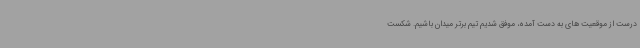
درست از موقعیت های به دست آمده، موفق شدیم تیم برتر میدان باشیم. شکست